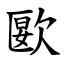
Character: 㰽